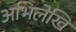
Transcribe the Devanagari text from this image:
अभिलेखि